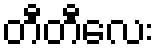
တီတီလေး